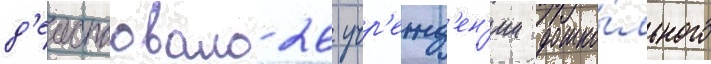
д'еиствовало 26 учр'ежд'ен'ии дошко́льного